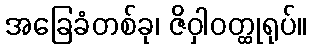
အခြေခံတစ်ခု၊ ဇိဝှါဝတ္ထုရုပ်။